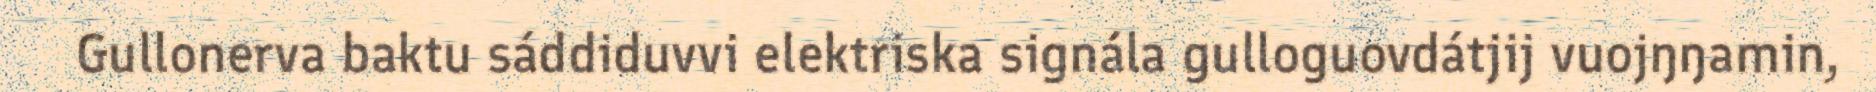
Gullonerva baktu sáddiduvvi elektriska signála gulloguovdátjij vuojŋŋamin,